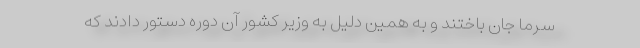
سرما جان باختند و به همین دلیل به وزیر کشور آن دوره دستور دادند که